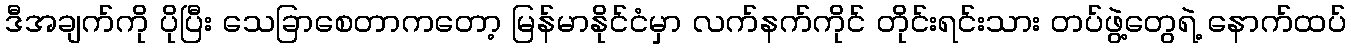
ဒီအချက်ကို ပိုပြီး သေခြာစေတာကတော့ မြန်မာနိုင်ငံမှာ လက်နက်ကိုင် တိုင်းရင်းသား တပ်ဖွဲ့တွေရဲ့ နောက်ထပ်